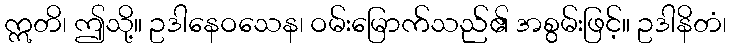
ဣတိ၊ ဤသို့။ ဥဒါနေဝသေန၊ ဝမ်းမြောက်သည်၏ အစွမ်းဖြင့်။ ဥဒါနိတံ၊